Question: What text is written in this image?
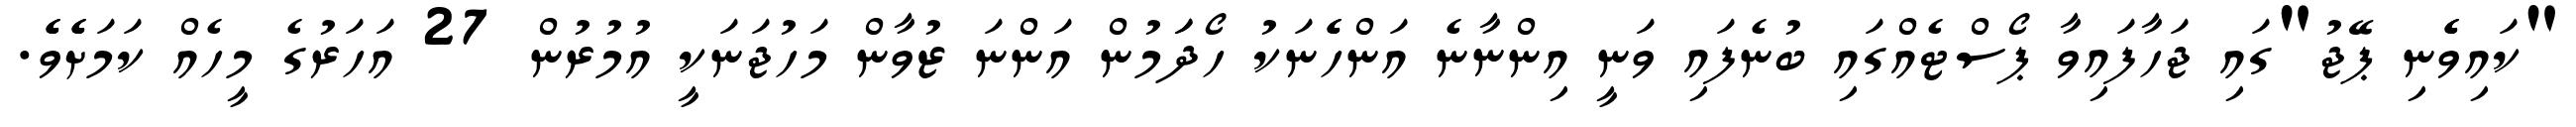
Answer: "ކައިވެެނި ޕޭޖު"ގައި ޖަހާފައިވާ ޕޯސްޓެއްގައި ބުނެފައި ވަނީ އިންނާނެ އަންހެެނަކު ހޯދަަމުން އަންނަ ޒުވާން މަހުޖަނަކީ އުމުރުން 27 އަހަރުގެ މީހެއް ކަމަށެެވެެ.